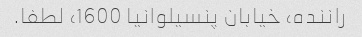
راننده، خیابان پنسیلوانیا 1600، لطفا.